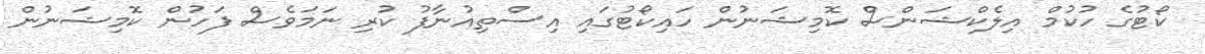
ކޯޓުގެ ހުކުމް އިލެކްޝަންސް ކޮމިޝަނުން ހައިކޯޓުގައި އިސްތިއުނާފު ކުރި ނަމަވެސް ފަހުން ކޮމިޝަނުން